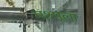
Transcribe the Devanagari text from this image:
मश्मूला